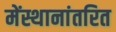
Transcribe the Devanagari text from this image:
मेंस्थानांतरित